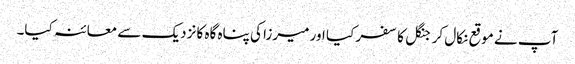
آپ نے موقع نکال کر جنگل کا سفر کیا اور میرزا کی پناہ گاہ کا نزدیک سے معائنہ کیا۔